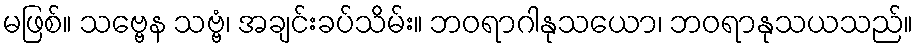
မဖြစ်။ သဗ္ဗေန သဗ္ဗံ၊ အချင်းခပ်သိမ်း။ ဘဝရာဂါနုသယော၊ ဘဝရာနုသယသည်။